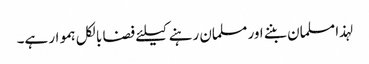
لہذا مسلمان بننے اور مسلمان رہنے کیلئے فضا بالکل ہموار ہے۔